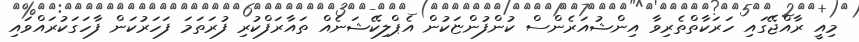
މިއީ ރާއްޖޭގައި ހަރަކާތްތެރިވާ އިންޝުއަރެންސް ކުންފުންޏަކުން އެޕްލިކޭޝަނެއް ތައާރަފްކުރި ފުރަތަމަ ފަހަރުކަން ފާހަގަކުރައްވައި